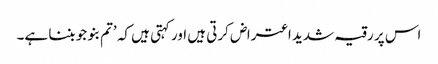
اس پر رقیہ شدید اعتراض کرتی ہیں اور کہتی ہیں کہ ’تم بنو جو بننا ہے۔